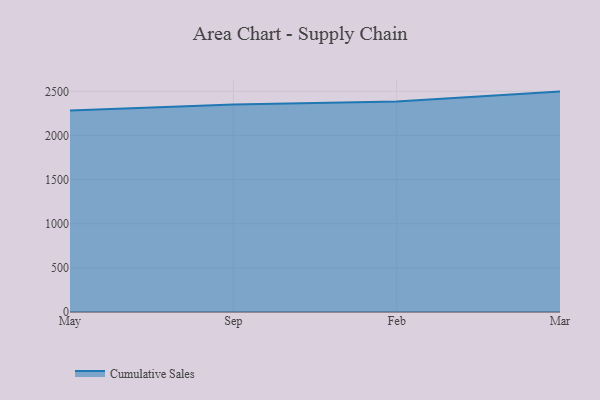
{"axis": {"x": "Month", "y": "Tickets Resolved"}, "legend": ["Cumulative Sales"], "data": [{"x": "May", "y": 2282.0, "type": "Cumulative Sales"}, {"x": "Sep", "y": 2349.5, "type": "Cumulative Sales"}, {"x": "Feb", "y": 2383.4, "type": "Cumulative Sales"}, {"x": "Mar", "y": 2496.9, "type": "Cumulative Sales"}]}